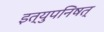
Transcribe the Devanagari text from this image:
इत्युपनिषत्‌